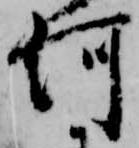
河